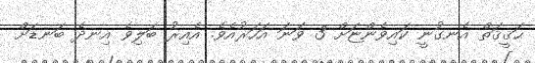
ޙަޤީޤަތް އެނގުނީ ކައިވެންޏަށް 3 ވަނަ އަހަރުއެވެ. އެއިރު ބަލިވެ އިނދެ ބަނޑަށް